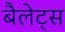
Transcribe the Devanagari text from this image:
बैलेट्स